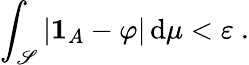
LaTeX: \int_{\mathscr{S}}|\mathbf{{1}}_{A}-\varphi|\, \mathrm{{d}}\mu<\varepsilon\ .